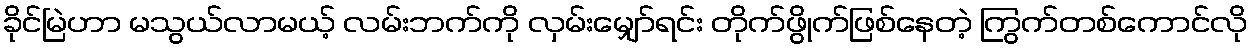
ခိုင်မြဲဟာ မသွယ်လာမယ့် လမ်းဘက်ကို လှမ်းမျှော်ရင်း တိုက်ဖွိုက်ဖြစ်နေတဲ့ ကြွက်တစ်ကောင်လို